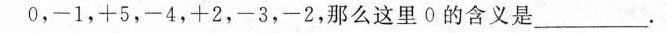
0，-1，+5，-4，+2，-3，-2，那么这里0的含义是_______。